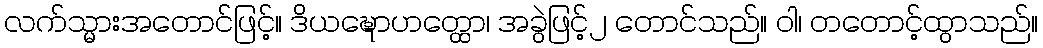
လက်သ္မားအတောင်ဖြင့်။ ဒိယဍ္ဎောဟတ္ထော၊ အခွဲဖြင့်၂ တောင်သည်။ ဝါ၊ တတောင့်ထွာသည်။